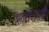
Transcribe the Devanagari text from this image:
घातल्याची